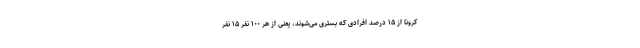
کرونا از ۱۵ درصد افرادی که بستری می‌شوند، یعنی از هر ۱۰۰ نفر ۱۵ نفر